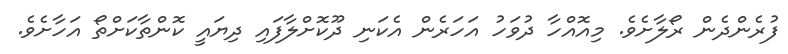
ފުރެންދެން ރޯލާށެވެ. މިއޮއްހާ ދުވަހު އަހަރެން އެކަނި ދޫކޮށްލާފައި ދިޔައީ ކޮންތާކަށްތޯ އަހާށެވެ.